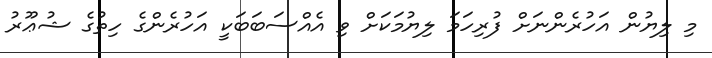
މި ލިޔުން އަހުރެންނަށް ފުރިހަމަ ލިޔުމަކަށް ވި އެއްސަބަބަކީ އަހުރެންގެ ހިތުގެ ޝުޢޫރު